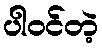
ပါဝင်တဲ့